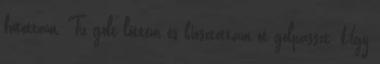
futottam. Tíz gólt lőttem és kiosztottam öt gólpasszt. Úgy